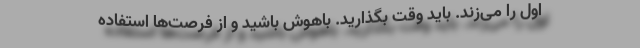
اول را می‌زند. باید وقت بگذارید. باهوش باشید و از فرصت‌ها استفاده